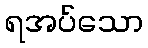
ရအပ်သော